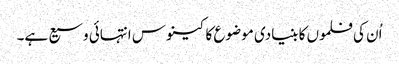
اُن کی فلموں کا بنیادی موضوع کا کینوس انتہائی وسیع ہے۔